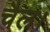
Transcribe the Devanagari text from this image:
चैल।